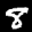
Label: 8